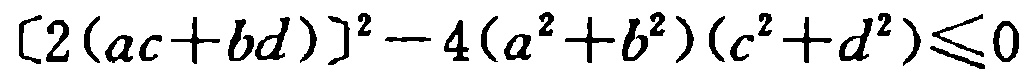
\[ [2(ac + bd)]^{2}-4(a^{2}+b^{2})(c^{2}+d^{2})\leq0 \]